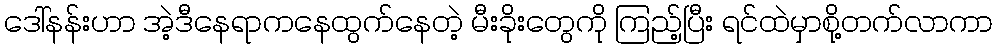
ဒေါ်နန်းဟာ အဲ့ဒီနေရာကနေထွက်နေတဲ့ မီးခိုးတွေကို ကြည့်ပြီး ရင်ထဲမှာစို့တက်လာကာ